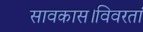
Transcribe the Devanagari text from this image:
सावकास।विवरतां